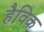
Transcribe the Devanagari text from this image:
हैविक